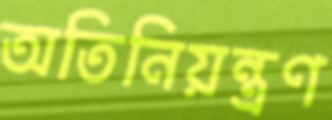
অতিনিয়ন্ত্রণ